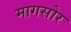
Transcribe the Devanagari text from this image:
मागसोर